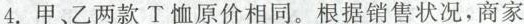
4.甲、乙两款T恤原价相同。根据销售状况，商家